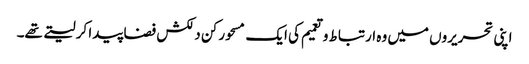
اپنی تحریروں میں وہ ارتباط و تعمیم کی ایک مسحور کن دلکش فضا پیدا کر لیتے تھے۔